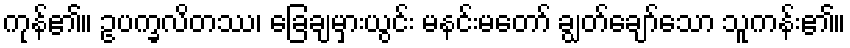
ကုန်၏။ ဥပက္ခလိတဿ၊ ခြေချမှားယွင်း မနင်းမတော် ချွတ်ချော်သော သူကန်း၏။